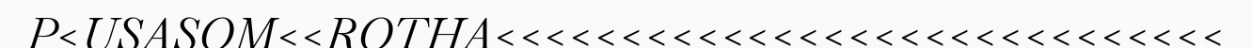
P<USASOM<<ROTHA<<<<<<<<<<<<<<<<<<<<<<<<<<<<<